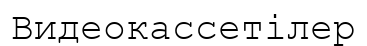
Видеокассетілер